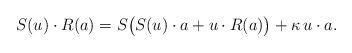
LaTeX: \begin{align*}S(u) \cdot R(a) = S \big( S(u) \cdot a + u \cdot R(a) \big) + \kappa ~\! u \cdot a.\end{align*}